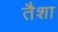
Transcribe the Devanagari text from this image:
तैशा